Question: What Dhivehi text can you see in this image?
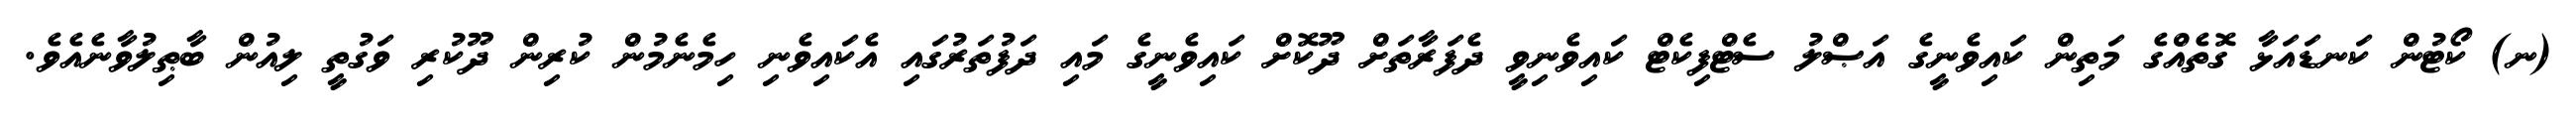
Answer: (ނ) ކޯޓުން ކަނޑައަޅާ ގޮތެއްގެ މަތިން ކައިވެނީގެ އަޞްލު ސެޓްފިކެޓް ކައިވެނިވީ ދެފަރާތަށް ދޫކޮށް ކައިވެނީގެ މައި ދަފުތަރުގައި އެކައިވެނި ހިމެނެމުން ކުރިން ދޫކުރި ވަގުތީ ލިއުން ބާޠިލުވާނެއެވެ.